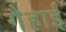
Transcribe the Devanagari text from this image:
गैहाई